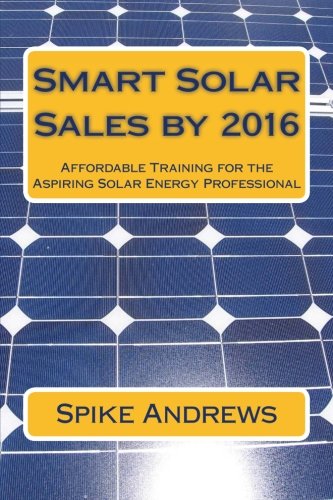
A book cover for Smart Solar Sales by 2016: Affordable Training for the Aspiring Solar Energy Professional; Spike Andrews; Education & Teaching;